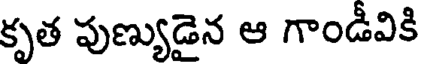
కృత పుణ్యుడైన ఆ గాండీవికి